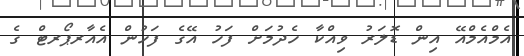
އެމްއެމްއޭ އިން ޑޮލަރު ވިއްކާ ހެދުމަށް ފަހު އޭގެ ފަހުން އެއާރޕޯރޓް ގެ